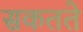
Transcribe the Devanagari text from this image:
सकतते